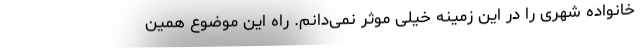
خانواده شهری را در این زمینه خیلی موثر نمی‌دانم. راه این موضوع همین